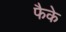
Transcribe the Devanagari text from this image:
फैके